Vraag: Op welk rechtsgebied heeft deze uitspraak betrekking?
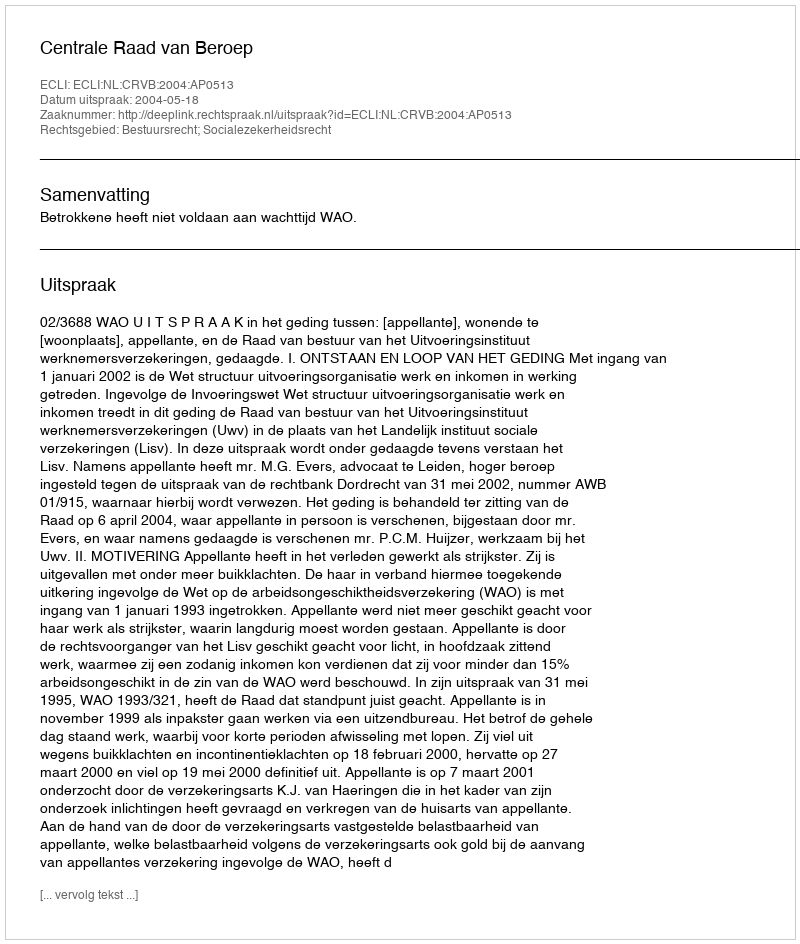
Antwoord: Bestuursrecht; Socialezekerheidsrecht